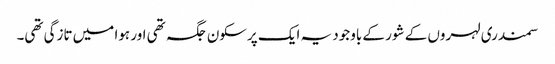
سمندری لہروں کے شور کے باوجود یہ ایک پرسکون جگہ تھی اور ہوا میں تازگی تھی۔